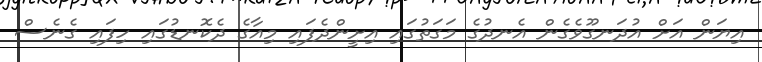
އިޔަން އަށް އުދަނގޫވެގެން އެނދުގެ މަގަތުގައި އިށީންދެފައި މިއާގެ ދެކޮނޑުގައި ހިފައި ގެނެސް